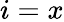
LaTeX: i=x